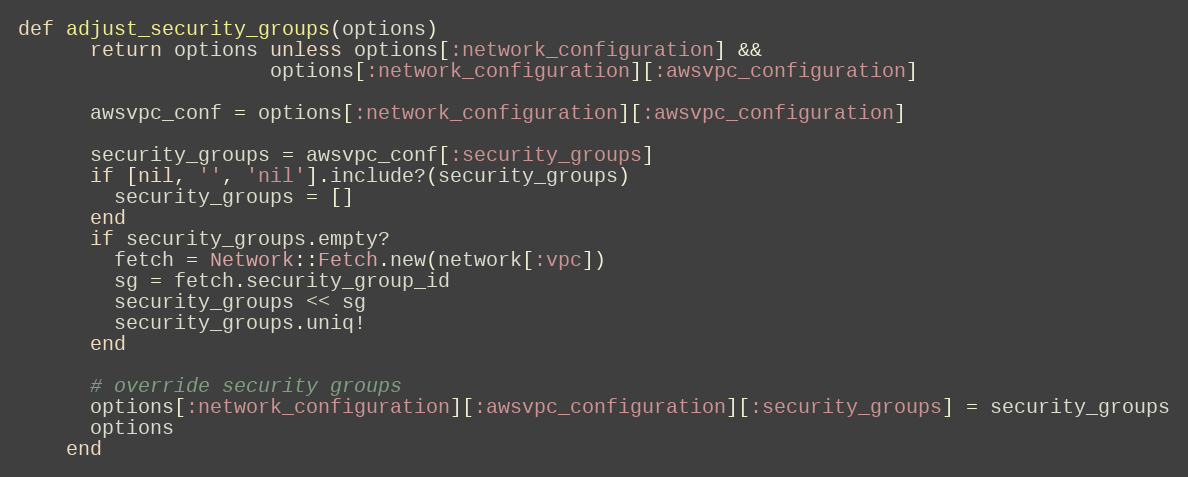
Language: Ruby
def adjust_security_groups(options)
      return options unless options[:network_configuration] &&
                     options[:network_configuration][:awsvpc_configuration]

      awsvpc_conf = options[:network_configuration][:awsvpc_configuration]

      security_groups = awsvpc_conf[:security_groups]
      if [nil, '', 'nil'].include?(security_groups)
        security_groups = []
      end
      if security_groups.empty?
        fetch = Network::Fetch.new(network[:vpc])
        sg = fetch.security_group_id
        security_groups << sg
        security_groups.uniq!
      end

      # override security groups
      options[:network_configuration][:awsvpc_configuration][:security_groups] = security_groups
      options
    end